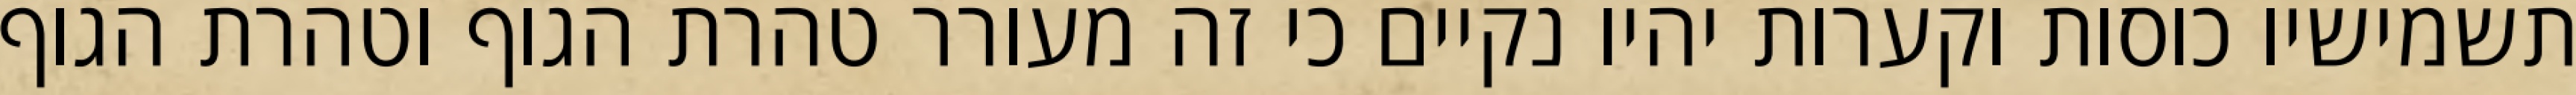
תשמישיו כוסות וקערות יהיו נקיים כי זה מעורר טהרת הגוף וטהרת הגוף